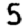
Digit: 5